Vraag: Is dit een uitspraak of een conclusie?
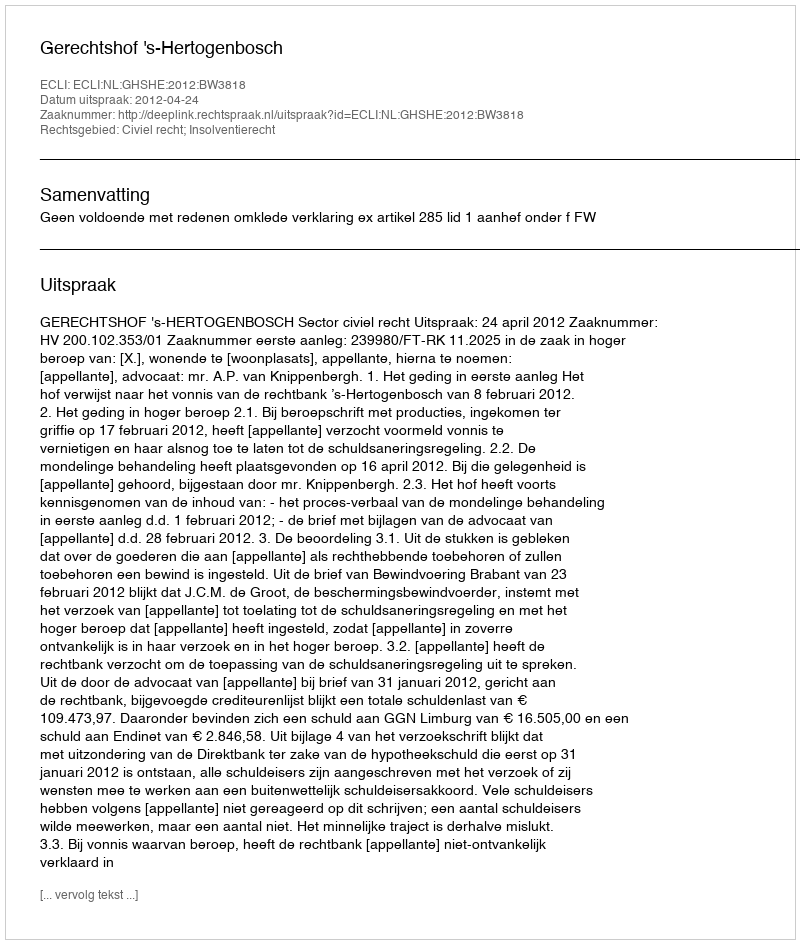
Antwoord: Uitspraak